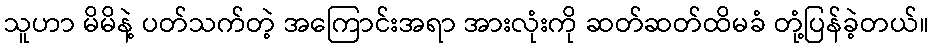
သူဟာ မိမိနဲ့ ပတ်သက်တဲ့ အကြောင်းအရာ အားလုံးကို ဆတ်ဆတ်ထိမခံ တုံ့ပြန်ခဲ့တယ်။